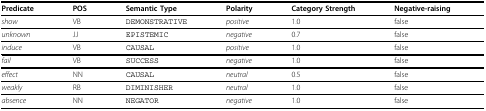
<table><thead><tr><td><b>Predicate</b></td><td><b>POS</b></td><td><b>Semantic Type</b></td><td><b>Polarity</b></td><td><b>Category Strength</b></td><td><b>Negative-raising</b></td></tr></thead><tbody><tr><td><i>show</i></td><td>VB</td><td>DEMONSTRATIVE</td><td><i>positive</i></td><td>1.0</td><td>false</td></tr><tr><td><i>unknown</i></td><td>JJ</td><td>EPISTEMIC</td><td><i>negative</i></td><td>0.7</td><td>false</td></tr><tr><td><i>induce</i></td><td>VB</td><td>CAUSAL</td><td><i>positive</i></td><td>1.0</td><td>false</td></tr><tr><td><i>fail</i></td><td>VB</td><td>SUCCESS</td><td><i>negative</i></td><td>1.0</td><td>false</td></tr><tr><td><i>effect</i></td><td>NN</td><td>CAUSAL</td><td><i>neutral</i></td><td>0.5</td><td>false</td></tr><tr><td><i>weakly</i></td><td>RB</td><td>DIMINISHER</td><td><i>neutral</i></td><td>1.0</td><td>false</td></tr><tr><td><i>absence</i></td><td>NN</td><td>NEGATOR</td><td><i>negative</i></td><td>1.0</td><td>false</td></tr></tbody></table>